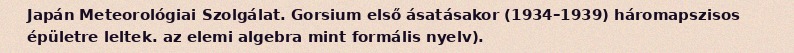
Japán Meteorológiai Szolgálat. Gorsium első ásatásakor (1934–1939) háromapszisos épületre leltek. az elemi algebra mint formális nyelv).